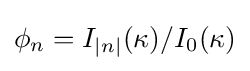
\phi _{n}=I_{|n|}(\kappa )/I_{0}(\kappa )